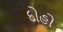
દોહો